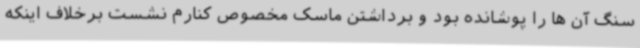
سنگ آن ها را پوشانده بود و برداشتن ماسک مخصوص کنارم نشست برخلاف اینکه